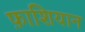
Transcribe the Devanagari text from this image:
फ़ाशियान